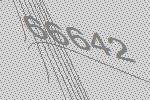
66642